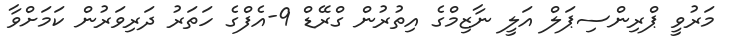
މަރުވީ ޕްރިންސިޕަލް އަލީ ނާޒިމްގެ އިތުރުން ގްރޭޑް 9-އެފްގެ ހަތަރު ދަރިވަރުން ކަމަށްވާ